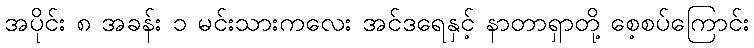
အပိုင်း ၈ အခန်း ၁ မင်းသားကလေး အင်ဒရေနှင့် နာတာရှာတို့ စေ့စပ်ကြောင်း